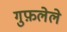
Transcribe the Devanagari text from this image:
गुफ़लेले